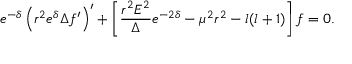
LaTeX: e ^ { - \delta } \left( r ^ { 2 } e ^ { \delta } \Delta f ^ { \prime } \right) ^ { \prime } + \left[ \frac { r ^ { 2 } E ^ { 2 } } { \Delta } e ^ { - 2 \delta } - \mu ^ { 2 } r ^ { 2 } - l ( l + 1 ) \right] f = 0 .